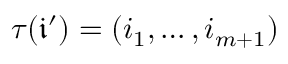
\tau ( \mathfrak { i } ^ { \prime } ) = ( i _ { 1 } , \dots , i _ { m + 1 } )